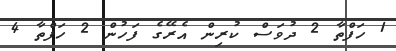
1 ހަފްތާ 2 ދުވަސް ކުރިން އެރޭގެ ފަހުން 2 ހަފްތާ 4